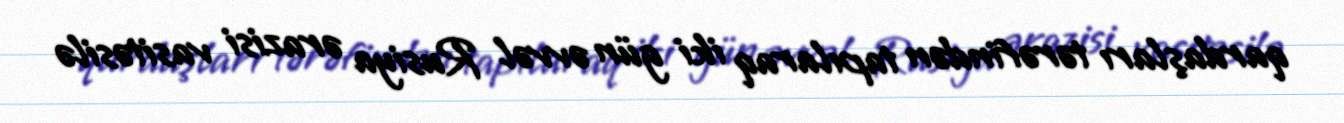
qardaşları tərəfindən tapılaraq iki gün əvvəl Rusiya ərazisi vasitəsilə